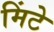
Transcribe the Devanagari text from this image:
मिंटे